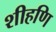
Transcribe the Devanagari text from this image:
शीहणि